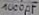
Text: 1000µF